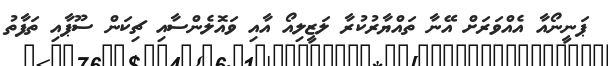
ޕަނީނޯއާ އެއްވަރަށް އޭނާ ތައްޔާރުކުރާ ލަޒީލިއޯ އާއި ވައޮލެންސާއި ޗިކަން ސޫޕާއި ތަފާތު